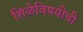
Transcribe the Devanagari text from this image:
शिळेविषयीची